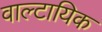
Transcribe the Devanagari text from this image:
वाल्टायिक